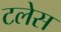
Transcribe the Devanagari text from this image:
टलेस